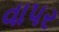
વાપર